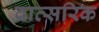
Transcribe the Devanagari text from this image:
वात्सरिक